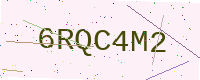
Text: 6RQC4M2